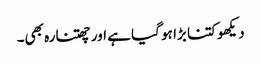
دیکھو کتنا بڑا ہو گیا ہے اور چھتنارہ بھی۔